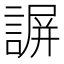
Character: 𧩱